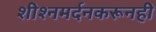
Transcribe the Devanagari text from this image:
शीश्नमर्दनकरूनही